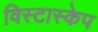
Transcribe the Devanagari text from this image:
विस्टास्केप